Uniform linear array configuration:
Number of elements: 32
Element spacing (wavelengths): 1
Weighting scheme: binomial
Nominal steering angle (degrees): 0
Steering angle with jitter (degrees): -0.7443
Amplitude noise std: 0.05
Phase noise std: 0.05

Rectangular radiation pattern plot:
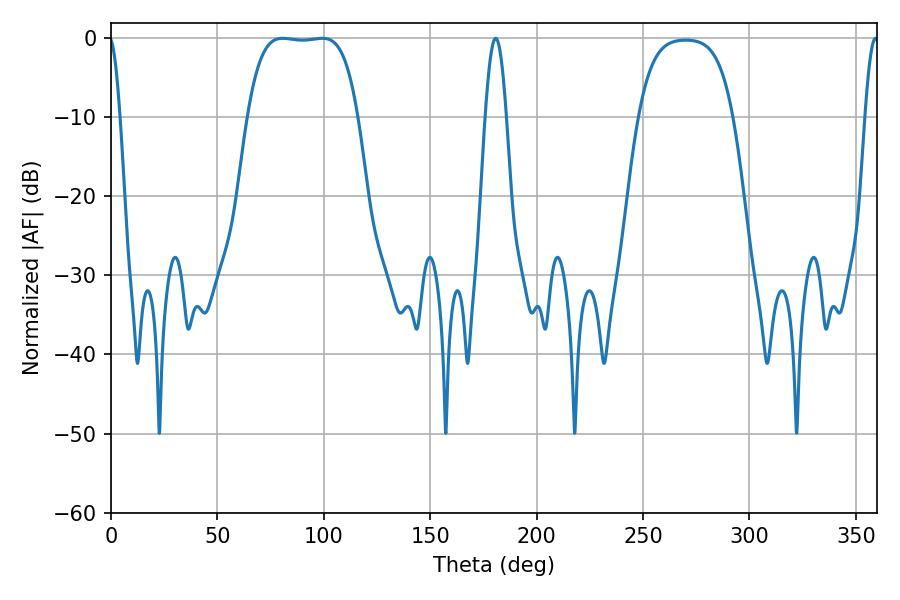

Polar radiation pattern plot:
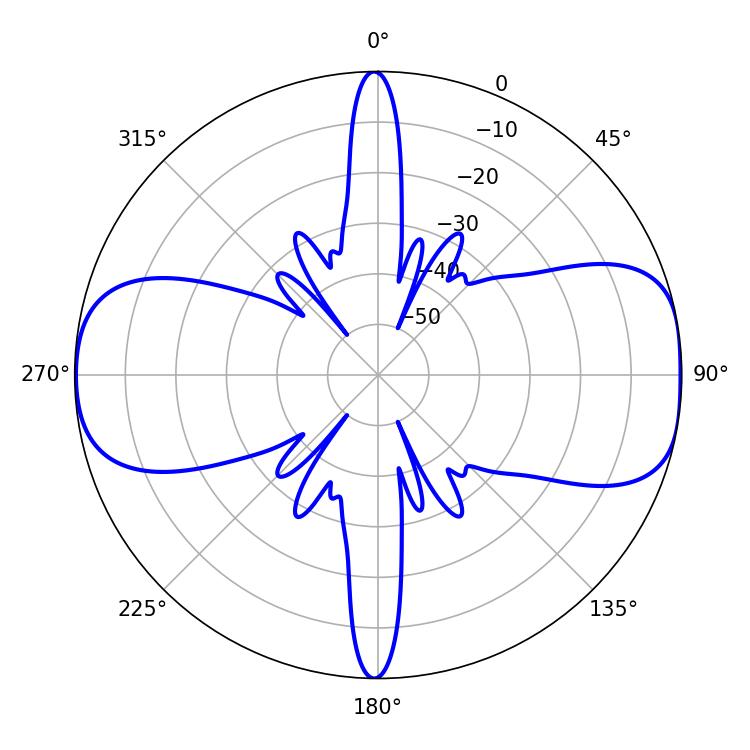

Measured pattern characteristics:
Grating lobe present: TRUE
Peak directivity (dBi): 10.48
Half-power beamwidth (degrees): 39.96
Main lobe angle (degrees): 80.64